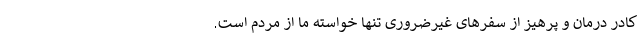
کادر درمان و پرهیز از سفرهای غیرضروری تنها خواسته ما از مردم است.